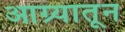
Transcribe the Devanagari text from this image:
आग्र्यातून